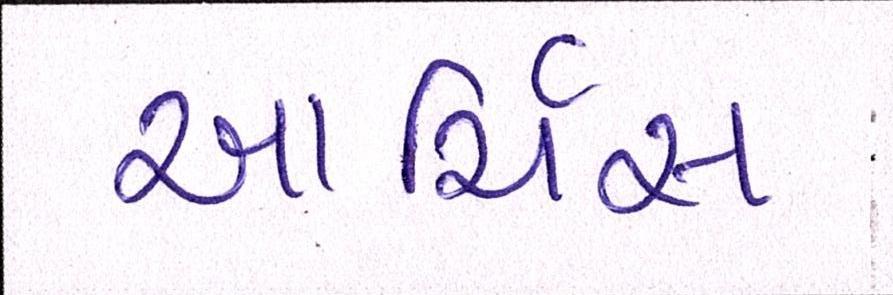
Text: આર્ચિસ